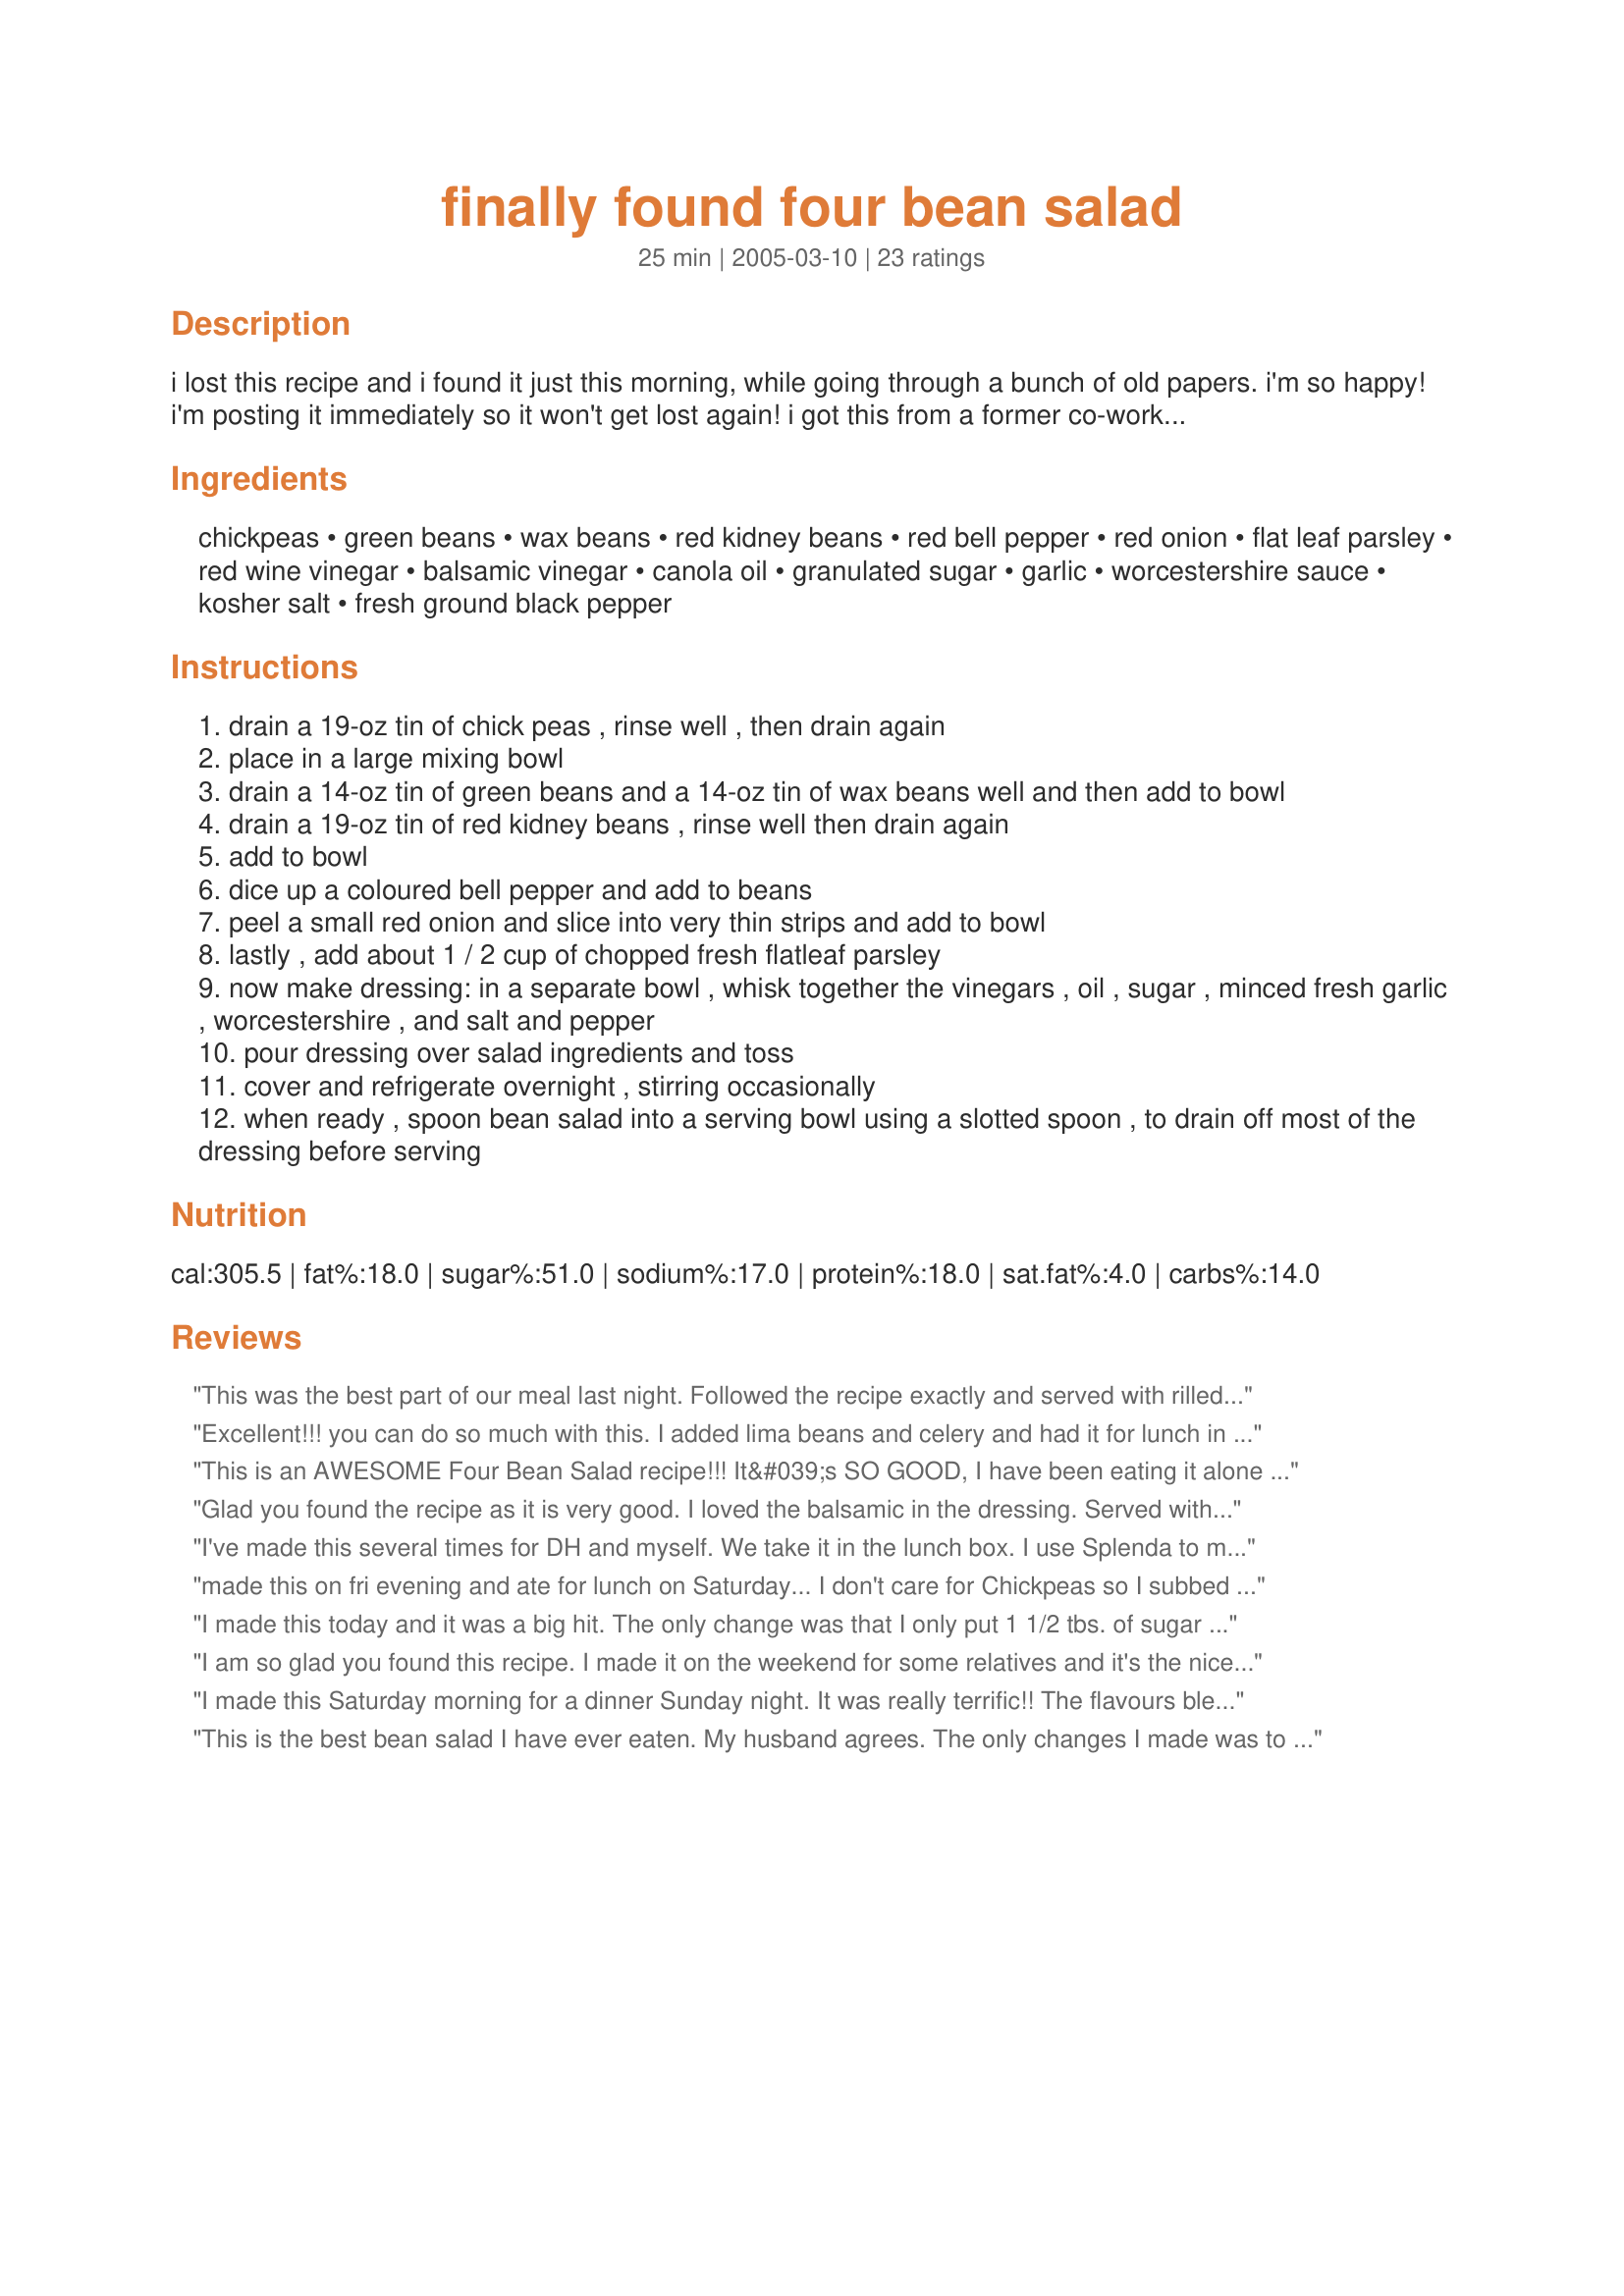
finally found four bean salad
Preparation time: 25 minutes

i lost this recipe and i found it just this morning, while going through a bunch of old papers. i'm so happy! i'm posting it immediately so it won't get lost again! i got this from a former co-worker, who had it at a potluck and liked it so much she got the recipe, and brought me a copy since she knew how much i loved to cook. i changed it up a bit, making big changes to the dressing and adding a bit to the actual salad components. this is a little on the sweet side, admittedly, but the sugar can be cut back to suit tastes. this is my favourite and i'm so glad i found it!

Ingredients:
chickpeas, green beans, wax beans, red kidney beans, red bell pepper, red onion, flat leaf parsley, red wine vinegar, balsamic vinegar, canola oil, granulated sugar, garlic, worcestershire sauce, kosher salt, fresh ground black pepper

Steps:
drain a 19-oz tin of chick peas , rinse well , then drain again
place in a large mixing bowl
drain a 14-oz tin of green beans and a 14-oz tin of wax beans well and then add to bowl
drain a 19-oz tin of red kidney beans , rinse well then drain again
add to bowl
dice up a coloured bell pepper and add to beans
peel a small red onion and slice into very thin strips and add to bowl
lastly , add about 1 / 2 cup of chopped fresh flatleaf parsley
now make dressing: in a separate bowl , whisk together the vinegars , oil , sugar , minced fresh garlic , worcestershire , and salt and pepper
pour dressing over salad ingredients and toss
cover and refrigerate overnight , stirring occasionally
when ready , spoon bean salad into a serving bowl using a slotted spoon , to drain off most of the dressing before serving

Reviews:
This was the best part of our meal last night. Followed the recipe exactly and served with rilled seafood and green salad. Fabulous recipe.
Excellent!!! you can do so much with this. I added lima beans and celery and had it for lunch in pita pockets. thank you for sharing. Highly recommend
This is an AWESOME Four Bean Salad recipe!!! It&#039;s SO GOOD, I have been eating it alone and not even on my green salad like I usually do with store bought bean salads! I did decrease the sugar as suggested an gradually put in the amount that I thought was appropriate through taste testing the salad as I went along. I will definitely make this salad again and share it with others!
Glad you found the recipe as it is very good. I loved the balsamic in the dressing. Served with burgers and Recipe #10481. Good spring meal.
I've made this several times for DH and myself. We take it in the lunch box. I use Splenda to make this and it is pretty darn good. The extra veggies makes this a tasty and satisfying salad.
made this on fri evening
and ate for lunch on Saturday...
I don't care for Chickpeas so I subbed a can of great nothern (15.5 oz) and had to Sub celery instead of bell pepper because I used the last of my bell pepper in my meat loaf...
other than those 2 small changes
I stuck to your recipe & it was GREAT...
your dressing is just perfect..
and I think I'll have another dish after I post this review...
I made this today and it was a big hit. The only change was that I only put 1 1/2 tbs. of sugar oh and I didn't have balsamic vinegar so I used a little rice wine vinegar. It still turned out very good. Thanks for posting!!
I am so glad you found this recipe. I made it on the weekend for some relatives and it's the nicest I've ever tasted. The only change I made was to buy 5 bean mix instead of the individual tins. By making the day before the dressing infuses into the beans. Oh yea, I only added a teaspoon of sugar after reading the other reviews. By making the day before gives you some breathing time the day of the BBQ. Thanks again.
I made this Saturday morning for a dinner Sunday night. It was really terrific!! The flavours blended beautifully. I can&#039;t wait to gobble up the leftovers for lunch tomorrow! Thanks for nother great recipe! :)
This is the best bean salad I have ever eaten. My husband agrees. The only changes I made was to leave out the green beans as I don't care for them, added a diced carrot and just a touch more balsamic as I love the stuff. Awesome. Thanks. This is my forever bean recipe now.
Awesome! This is the best dressing recipe for bean salad I have found or tasted(-:!
I did put a little less sugar, as I like it a bit more vinegar than sweet...
Very good, thanks for sharing it!
I made quite a few changes, but I feel it is fair to rate this 5 stars because it made an excellent base recipe. I used cans of mixed beans, used honey instead of sugar (and half the amount - it was still a bit too sweet, I think), green onions instead of the onion, added some extra chopped veggies, herbs and feta cheese. I will definitely make again!
this is a great salad! the only thing i did different was decrease the sugar to 1 1/2 T. it was still sweet from the balsamic.
So glad you found this recipe again.....just in time when i was looking for a Bean Salad recipe for English visitors arriving for lunch. What a yummy salad and dressing. I ate it two days in a row, for lunch and tea. Will definitely be making it again, when we next have a gathering.
Just yummy!!!!! I didn't realize I was out of red wine vinegar, so I subbed cider vinegar and added a few tsps more of sugar and also added the balsamic. This is definitely a keeper and I will make it again. I used great northern beans, italian cut green beans the kidney and wax beans. This is so versatile but next time I will be sure I have wine vinegar on hand. Thanks so much for a great recipe
Myself and my BF absolutely loved this (he even sipped at the extra dressing!)
I made the dressing in the blender and added a tomato, apple cider vinegar instead of balsamic, and extra garlic. I also used only a small amount of sugar.
To the salad, I added black beans instead of wax beans; omitted the onions, and used fresh coriander instead of parsley.
Thanks so much - it'll be my "go-to" bean salad recipe!
What a wonderful Bean salad. I have been looking for a good Bean Salad recipe but will look no more. This is a keeper.The different vinigars( rather than just plain) do add to the wonderful flavor. It sat in the fridge for about 10 hours but it still had exellent flavor. I couldn't quit picking at it. My DH said it is the best he has ever eaten. I made no changes. Thank-you for this wonderful recipe.
This dressing is the &quot;ultimate&quot;. Not only does it do wonders for the four bean salad listed, but try cooking a bowl of tri colored rotini, or any curly pasta you enjoy, and add this dressing along with the onions, red pepper, and garlic. Refrigerate over night before serving. It really makes a great side dish with the dressing recipe Lennie provided.
Awesome recipe! Ive for years have been trying to recreate a navy bean salad offered by a local restaurant (Walli's). I used only navy beans, minced onion and green and red peppers for the bean part, then used your fab dressing. Perfect!! Thanks for sharing!
Oh yes! Definitely use the vinegars as stated - A wonderful blend of flavours. I followed your preference suggestion re sugar and probably used about 2/3 of the amount which was sweet enough for my taste. I also subbed olive oil infused with basil in place of the canola oil but otherwise stuck to your recipe and this is definitely a keeper - thank you :)
This is an excellent salad! I made it just as stated, for a large family <br/>Gathering, everyone who ate it wanted the recipe. Awesome!
Great recipe. I also cut back on the sugar a little. Used about a 1/4 cup of cilantro instead of parsley and added more fresh garlic. Replaced the wax beans with black beans. Nice contrast. Made this for a family gathering the night before and thought I was going to have to add more beans. Couldn&#039;t keep the husband out of the frig &quot;taste testing.&quot; Will definitely be making this recipe again on a variety of veggie combinations. Excellent. Glad you found it.
I love this recipe! I made a few changes. I cut the oil and the sugar to 1/4 cup each. It turned out great! I just read another reviewer's comment about adding celery. I think I'll do that next time. Yummy!
